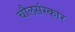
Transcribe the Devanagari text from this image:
चौलसंस्कार